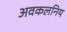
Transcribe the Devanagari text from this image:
अवकलनिय